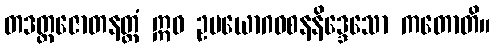
တဒတ္ထဇောတနတ္ထံ ဣဓ ဥပယောဂဝစနနိဒ္ဒေသော ကတောတိ။